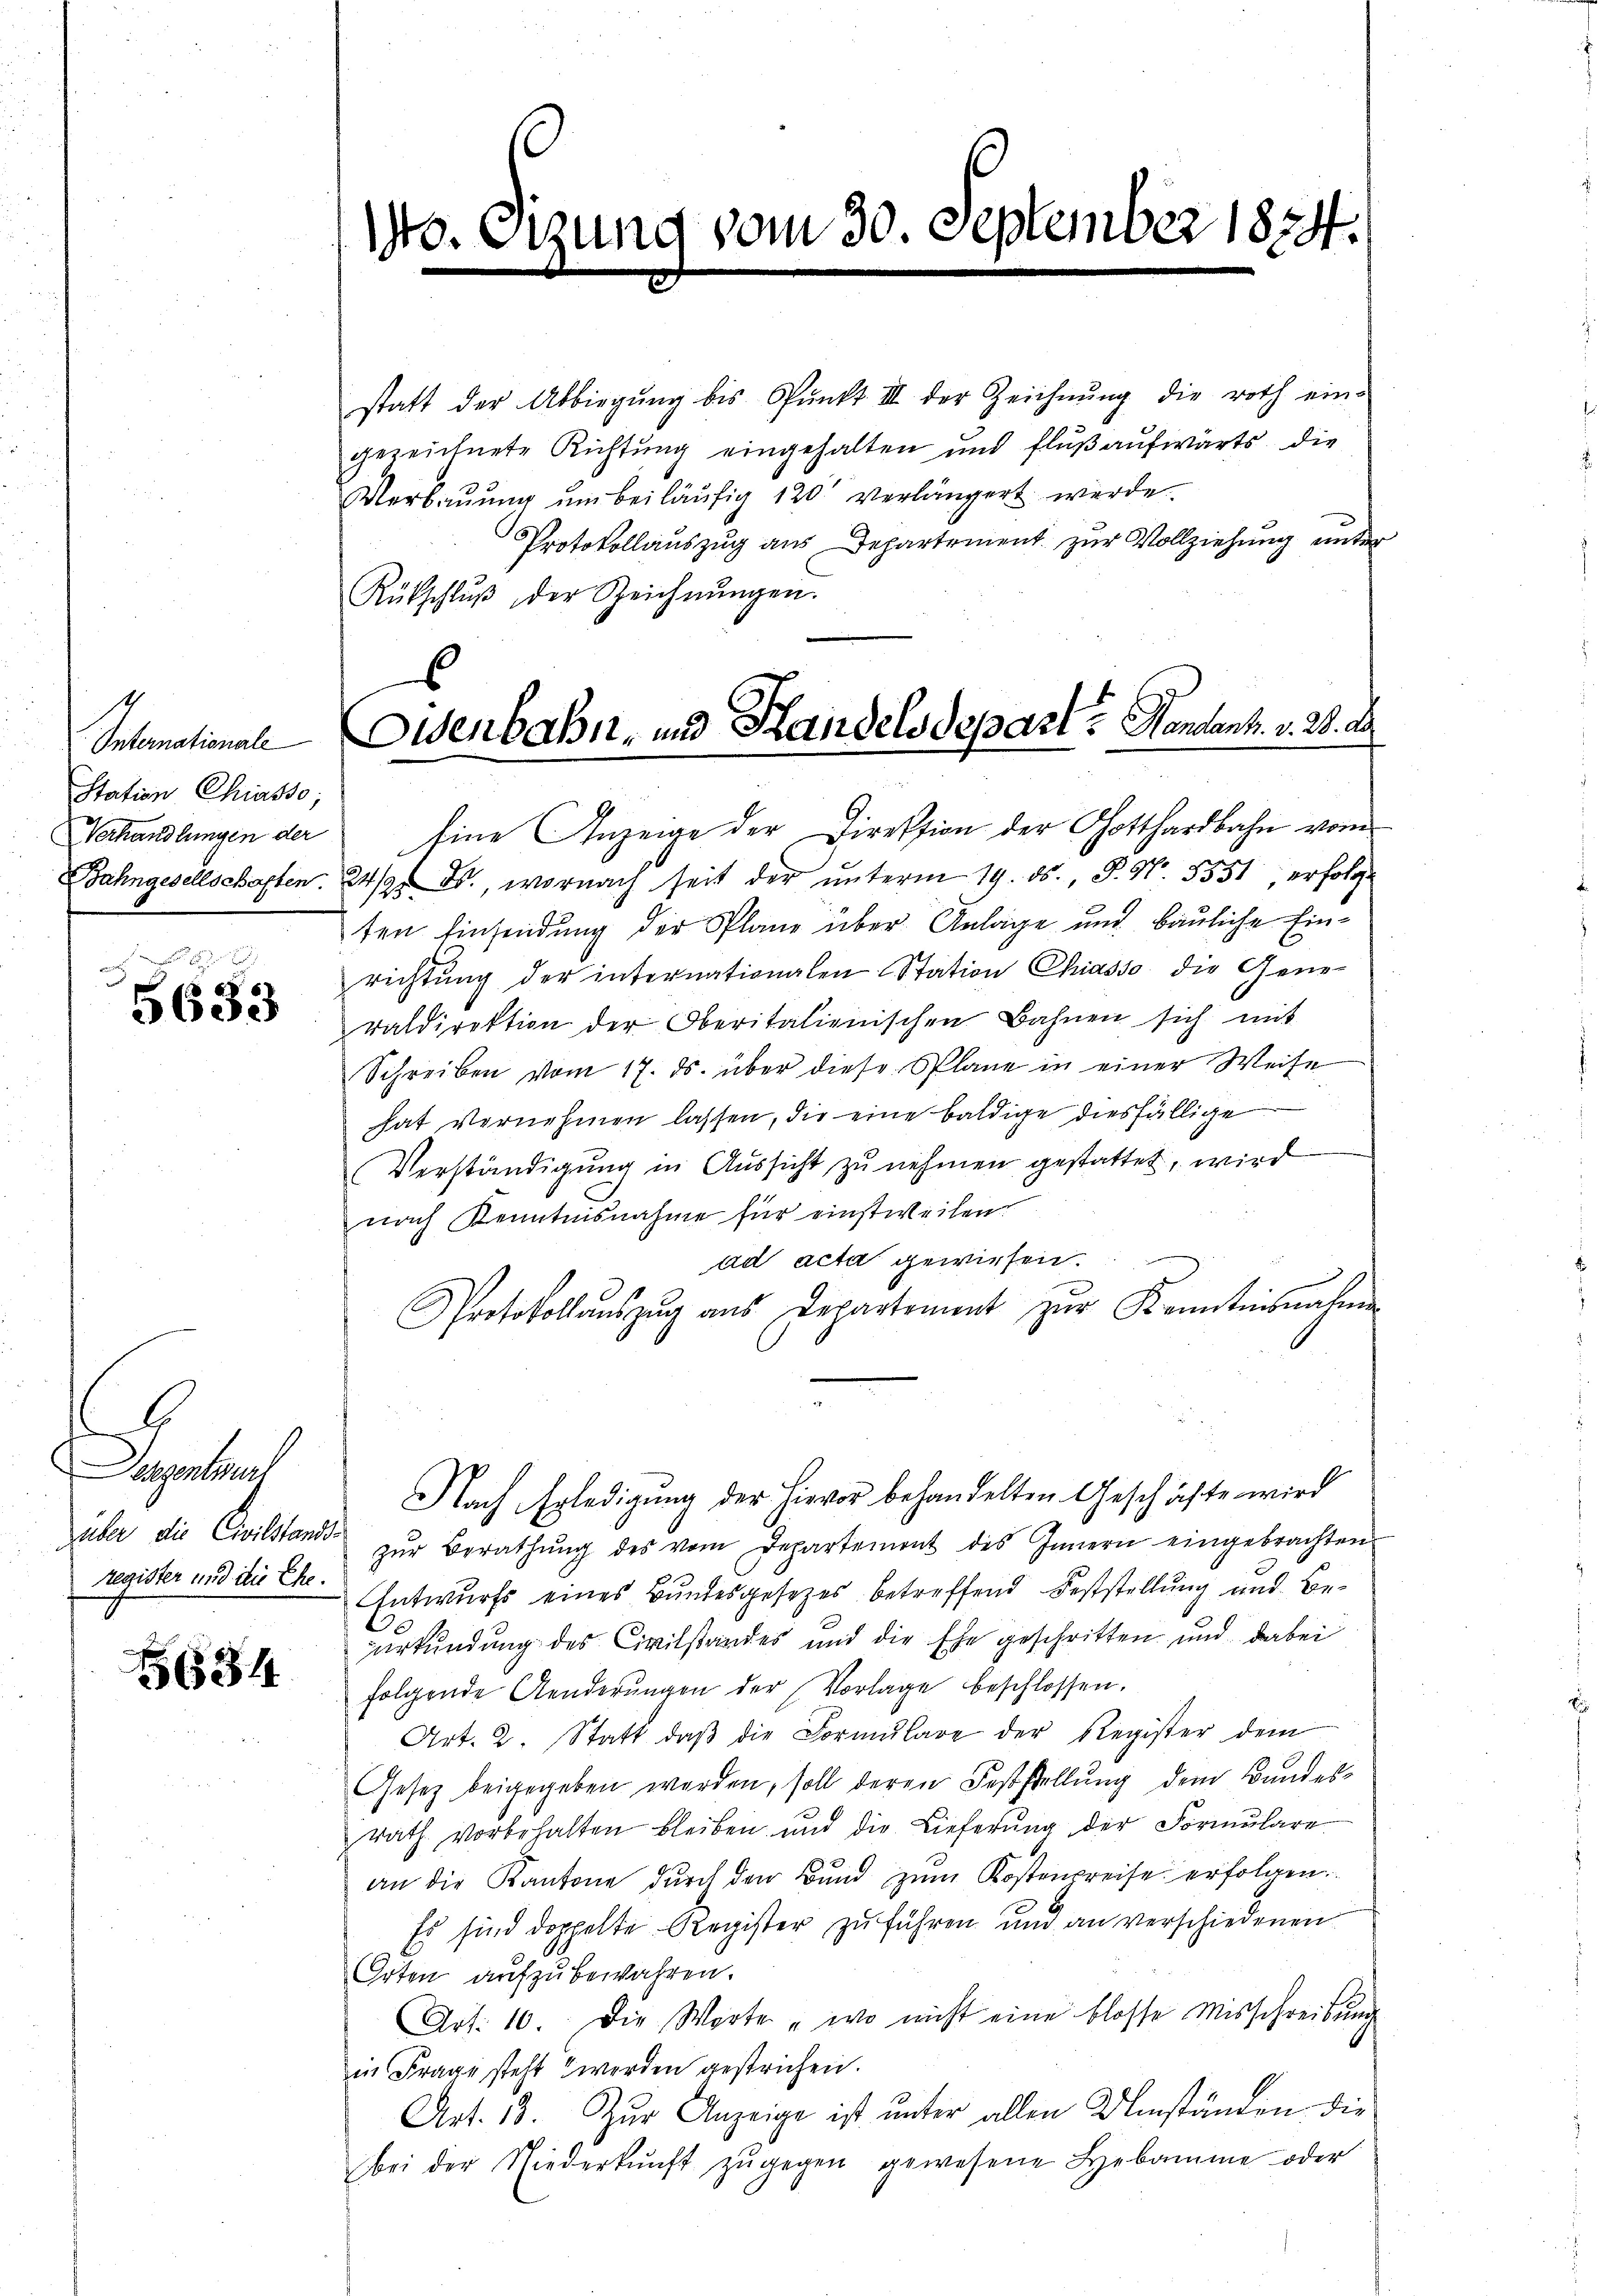
Internationale
Station Chiasso;
Verhandlungen der
Bahngesellschaften.

5633

s
Dessentwurf
über die Civilstands-
register und die Ehe.

634

10

Im 30. September 1874.

statt der Abbiegŭng bis Pŭnkt III der Zeichnŭng die roth ein-
gezeichnete Richtung eingehalten und fluß aufwärts die
Verbaŭŭng ŭm beiläufig 120 verlängert werde.
Protokollauszug aus Departement zur Vollziehung unter
Rütschlŭβ der Zeichnŭngen.
Eine Anzeige der Direktion der Gotthardbahn vom
24/9 d., wornach seit der ŭnterm 19. ds., P. Nr. 5551 erfolge
ten Einsendung der Plane über Anlage und bauliche Einrichtŭng der internationalen Station Chiasso die Gene-
raldirektion der Oberitalienischen Bahnen sich mit
Schreiben vom 17. ds. über diese Plane in einer Weise
hat vernehmen lassen, die eine baldige diesfällige
Verständigung in Aussicht zu nehmen gestattet, wird
nach Kenntnisnahme für einstweilen.
ad acta gewiesen.
Protokollaŭszŭg ans Departement zŭr Kenntnisnahme
Nach Erledigung der hievor behandelten Geschäfte wird
zŭr Berathŭng des vom Departement des Innern eingebrachten
Entwurfs eines Bundesgesetzes betreffend Feststellung und Beurkundung des Civilstandes und die Ehe geschritten und dabei
folgende Aenderŭngen der Vorlage beschlossen.
Art. 2. Statt, daβ die Formŭlare der Register dem
Gesetz beigegeben werden, soll deren Feststellung dem Bundesrath vorbehalten bleiben und die Lieferŭng der Formŭlare
an die Kantone durch den Bund zum Kostenpreise erfolgen
Es sind doppelte Register zŭ führen und an verschiedenen
Orten aufzubewahren.
Art. 10. Die Worte „wo nicht eine blosse Misschreibŭng
in Frage steht werden gestrichen.
Art. 13. Zur Anzeige ist unter allen Umständen die
bei der Niederkŭnft zŭgegen gewesene Hebamme oder

.
Osenbahn- und Handelsdepart? Handant. v. 28. A